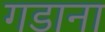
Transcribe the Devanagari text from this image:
गडाना